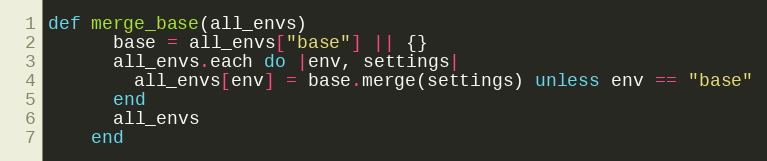
Language: Ruby
def merge_base(all_envs)
      base = all_envs["base"] || {}
      all_envs.each do |env, settings|
        all_envs[env] = base.merge(settings) unless env == "base"
      end
      all_envs
    end